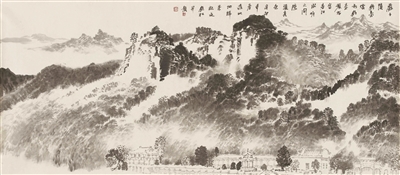
是谓是，非谓非，曰直。